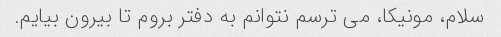
سلام، مونیکا، می ترسم نتوانم به دفتر بروم تا بیرون بیایم.